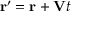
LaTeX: \mathbf { r } ^ { \prime } = \mathbf { r } + \mathbf { V } t